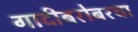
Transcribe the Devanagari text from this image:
गादीबरोबरचा